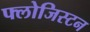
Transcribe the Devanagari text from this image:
फ्लोजिस्टन